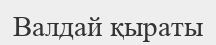
Валдай қыраты